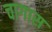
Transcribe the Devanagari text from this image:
चागास